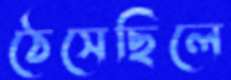
ঠেসেছিলে